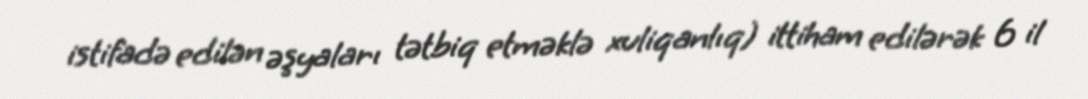
istifadə edilən əşyaları tətbiq etməklə xuliqanlıq) ittiham edilərək 6 il